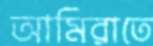
আমিরাতে